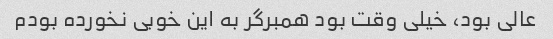
عالی بود، خیلی وقت بود همبرگر به این خوبی نخورده بودم